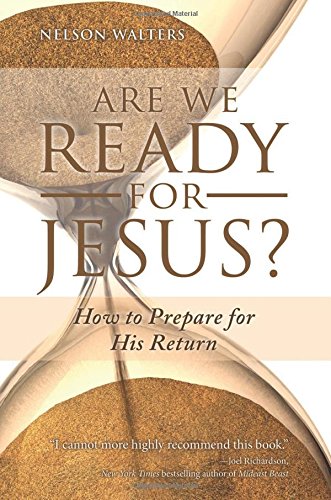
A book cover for Are We Ready for Jesus?: How to Prepare for His Return; Nelson Walters; Christian Books & Bibles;